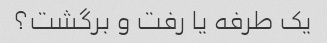
یک طرفه یا رفت و برگشت؟